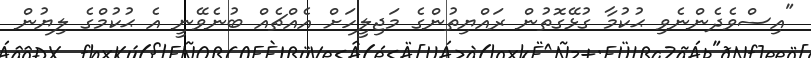
"އިސްވެދެންނެވި ޙުކުމާ ގުޅޭގޮތުން ރައްޔިތުންގެ މަޖިލީހަށް އެއްޗެއް ބުނެވޭނީ އެ ޙުކުމްގެ ލިޔުން